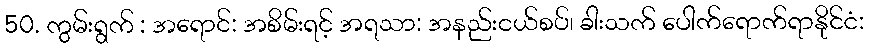
50. ကွမ်းရွက် : အရောင်: အစိမ်းရင့် အရသာ: အနည်းငယ်စပ်၊ ခါးသက် ပေါက်ရောက်ရာနိုင်ငံ: